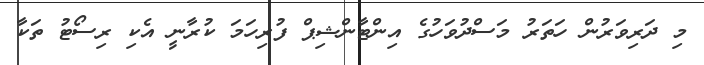
މި ދަރިވަރުން ހަތަރު މަސްދުވަހުގެ އިންޓާންޝިޕް ފުރިހަމަ ކުރާނީ އެކި ރިސޯޓު ތަކާ